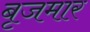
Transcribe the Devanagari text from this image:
बृजमार